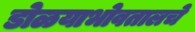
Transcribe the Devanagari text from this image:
डोळयाभोवतालचे